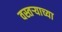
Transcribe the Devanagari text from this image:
वस्तऱ्याच्या